Vaccination in Bombay 1902-1912 - 1902-1912
Year: 1902
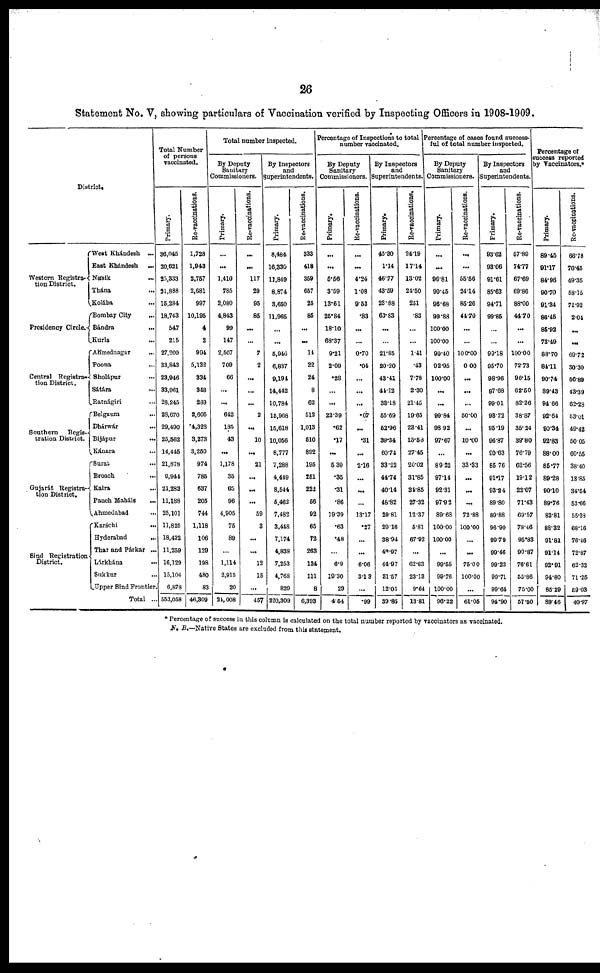
26
Statement No. V, showing particulars of Vaccination verified by Inspecting Officers in 1908-1909.
District.
Western Registra¬
tion District.
Presidency Circle.
Central Registra-
tion District.
Southern
Regis-
tration District.
Gujarát Registra-
tion District.
Sind Registration
District.
West Khándesh ...
East Khándesh
...
Násik ...
Thána ...
Kolába ...
Bombay City
...
Bándra
...
Kurla
...
Ahmednagar
...
Poona
...
Sholápur ...
Sátára ...
Ratnágiri ...
Belgaum
...
Dhárwár ...
Bijápur ...
Kánara ...
Surat ...
Broach ...
Kaira ...
Panch Maháls ...
Ahmedabad ...
Karáchi ...
Hyderabad
...
Thar and Párkar ...
Lárkhána
...
Sukkur ...
Upper Sind Frontier.
Total ...
Total Number
of persons
vaccinated.
Primary.
36,045
20,621
25,333
21,888
15,284
18,743
547
215
27,209
33,843
23,946
33,961
28,245
28,670
29,490
25,562
14,445
21,878
9,944
21,283
11,188
25,101
11,825
18,422
11,259
16,129
15,104
6,878
553,058
Re-vaccinations.
1,728
1,943
2,757
2,681
997
10,195
4
2
994
5,122
334
348
289
2,605
4,328
3,273
3,250
974
785
637
205
744
1,118
106
129
198
480
83
46,309
Total number inspected.
By Deputy
Sanitary
Commissioners.
Primary.
...
...
1,410
785
2,080
4,843
99
147
2,507
709
66
...
...
642
185
43
...
1,178
35
65
96
4,905
75
89
...
1,114
2,915
20
24,008
Re-vaccinations.
...
...
117
29
95
85
...
...
7
2
...
...
...
2
...
10
...
21
...
...
...
59
3
...
...
12
15
...
457
By Inspectors
and
Superintendents.
Primary.
8,484
16,330
11,849
8,874
3,650
11,965
...
...
5,946
6,837
9,194
14,442
10,784
15,968
15,618
10,056
8,777
7,288
4,449
8,544
5,462
7,482
3,448
7,174
4,838
7,253
4,768
829
220,309
Re-vaccinations.
333
418
359
657
25
85
...
...
14
22
24
8
62
512
1,013
510
892
195
251
222
56
92
65
72
263
124
111
8
6,393
Percentage of Inspections to total
number vaccinated.
By Deputy
Sanitary
Commissioners.
Primary.
...
...
5.56
3.59
13.61
25.84
18.10
68.37
9.21
2.09
.28
...
...
22.39
.62
.17
...
5.39
.35
.31
.86
19.39
.63
.48
...
6.9
19.30
29
4.54
Re-vaccinations.
...
...
4.24
1.08
9.53
.83
...
...
0.70
.04
...
...
...
.07
...
.31
...
2.16
...
...
...
13.17
.27
...
...
6.06
3.13
...
.99
By Inspectors
and
Superintendents.
Primary.
45.30
1.14
46.77
43.59
23.88
63.83
...
...
21.85
20.20
43.41
41.12
33.18
55.69
52.96
39.34
60.74
33.22
44.74
40.14
48.82
29.81
29.16
38.94
42.97
44.97
31.57
12.05
39.85
Re-vaccinations.
24.19
17.14
13.02
21.50
251
.83
...
...
1.41
.43
7.78
2.30
21.45
19.65
23.41
15.58
27.45
20.02
31.85
31.85
27.32
12.37
5.81
67.92
...
62.63
23.13
9.64
13.81
Percentage of cases found success-
ful of total number inspected.
By Deputy
Sanitary
Commissioners.
Primary.
...
...
96.81
90.45
96.68
99.88
100.00
100.00
99.40
02.95
100.00
...
...
99.84
98.92
97.67
...
89.22
97.11
92.31
97.92
89.68
100.00
100.00
...
99.55
99.76
100.00
96.22
Re-vaccinations.
...
...
55.56
24.14
85.26
44.70
...
...
100.00
0.00
...
...
...
50.00
...
10.00
...
33.33
...
...
...
72.88
100.00
...
...
75.00
100.00
...
61.05
By Inspectors
and
Superintendents.
Primary.
93.62
93.66
91.61
85.63
94.71
99.85
...
...
99.18
95.70
98.96
97.68
99.01
93.72
95.19
96.87
90.63
85.76
91.17
93.24
89.80
89.88
96.90
99.79
99.46
99.23
99.71
99.64
94.90
Re-vaccinations.
57.89
74.77
67.69
69.86
88.00
44.70
...
...
100.00
72.73
96.15
62.50
82.26
38.87
35.24
39.80
76.79
62.56
19.12
22.07
71.43
69.57
78.46
95.83
90.87
76.61
55.86
75.00
57.50
Percentage of
success reported
by Vaccinators.*
Primary.
89.45
91.17
84.96
90.70
91.34
86.45
85.92
73.49
88.70
84.11
90.74
89.43
94.66
92.64
90.34
92.83
88.00
85.77
89.28
90.10
89.76
82.81
88.32
91.81
91.14
92.91
94.80
85.29
89.46
Re-vaccinations.
66.78
70.45
49.35
58.15
71.92
2.04
...
...
69.72
30.30
56.89
43.39
62.28
53.01
49.42
50.05
60.55
38.40
18.85
34.54
53.66
55.38
68.16
76.46
72.87
62.32
71.25
59.03
40.97
* Percentage of success in this column is calculated on the total number reported by vaccinators as vaccinated.
N. B.—Native States are excluded from this statement.